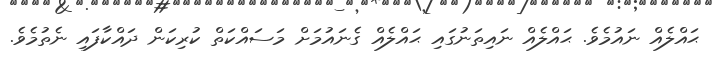
ޙައްލެއް ނައުމެވެ. ޙައްލެއް ނައިތަނުގައި ޙައްލެއް ގެނައުމަށް މަސައްކަތް ކުރިކަން ދައްކާފައި ނެތުމެވެ.